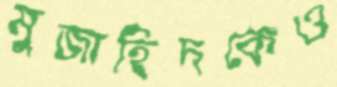
মুজাহিদকেও